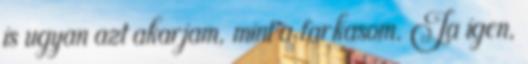
is ugyan azt akarjam, mint a farkasom. Ja igen,